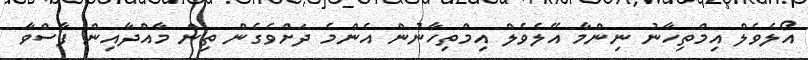
އޯލެވެލް އިމްތިހާނު ނިންމާ އޭލެވެލް އިމްތިހާނުން އެންމެ ދަށްވެގެން ތިން މާއްދާއިން ފާސްވާ